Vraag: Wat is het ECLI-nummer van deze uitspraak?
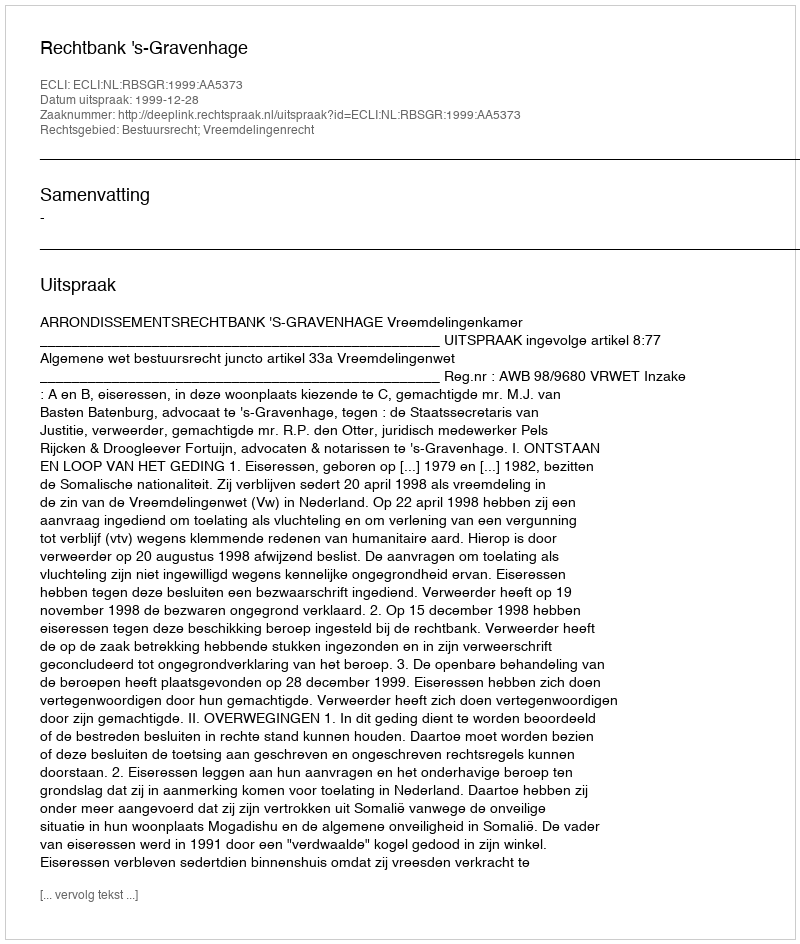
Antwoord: ECLI:NL:RBSGR:1999:AA5373